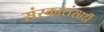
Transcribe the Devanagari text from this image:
संस्कारांसाठीं